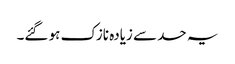
یہ حد سے زیادہ نازک ہو گئے۔